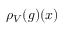
\rho _ { V } ( g ) ( x )